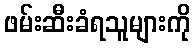
ဖမ်းဆီးခံရသူများကို